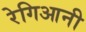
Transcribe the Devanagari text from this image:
रेगिआनी